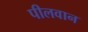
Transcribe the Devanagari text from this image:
पीलवान